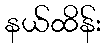
နယ်ထိန်း